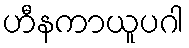
ဟီနကာယူပဂါ